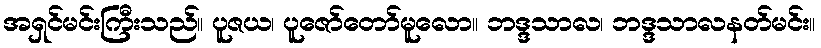
အရှင်မင်းကြီးသည်။ ပူဇယ၊ ပူဇော်တော်မူလော။ ဘဒ္ဒသာလ၊ ဘဒ္ဒသာလနတ်မင်း။